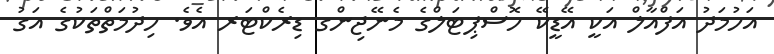
އަހުމަދު އަފްއާލް އަކީ އޭޑީކޭ ހޮސްޕިޓަލްގެ މެނޭޖިންގ ޑިރެކްޓަރ އެވެ. ހިދުމަތްތަކުގެ އަގު